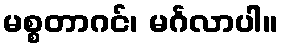
မစ္စတာဂင်၊ မင်္ဂလာပါ။